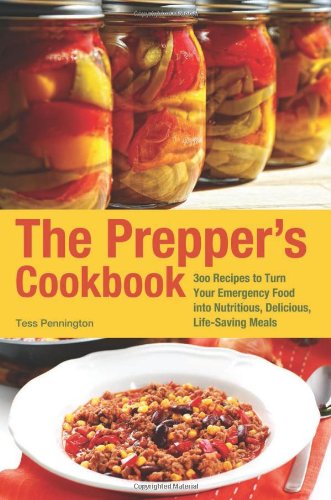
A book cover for The Prepper's Cookbook: 300 Recipes to Turn Your Emergency Food into Nutritious, Delicious, Life-Saving Meals; Tess Pennington; Cookbooks, Food & Wine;